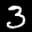
Label: 3